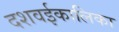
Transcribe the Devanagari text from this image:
दशवईकालिका